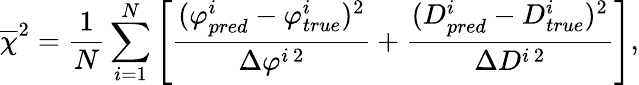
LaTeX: \overline{\chi}^{2}=\frac{1}{N}\sum_{i=1}^{N}\left[\frac{(\varphi_{pred}^{i}-\varphi_{true}^{i})^{2}}{\Delta\varphi^{i\, 2}}+\frac{(D_{pred}^{i}-D_{true}^{i})^{2}}{\Delta D^{i\, 2}}\right],